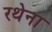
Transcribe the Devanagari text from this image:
रथेना